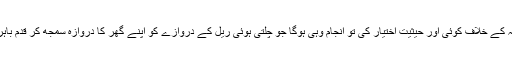
اور اگر آپ نے واقعہ کے خلاف کوئی اور حیثیت اختیار کی تو انجام وہی ہوگا جو چلتی ہوئی ریل کے دروازے کو اپنے گھر کا دروازہ سمجھ کر قدم باہر نکالنے کا ہوتا ہے۔